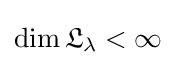
\mathrm {dim} \,{\mathfrak {L}}_{\lambda }<\infty